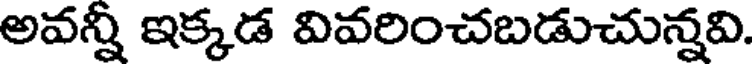
అవన్నీ ఇక్కడ వివరించబడుచున్నవి.